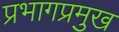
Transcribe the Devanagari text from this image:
प्रभागप्रमुख